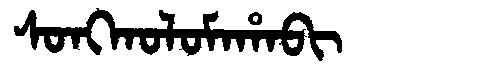
Manchu: ᠰᠣᠩᡴᠣᠯᠣᠮᠠᡥᠠᠪᡳ
Romanization: SONGKOLOMAHABI